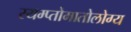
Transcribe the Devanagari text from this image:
स्यम्प्तोमातोलोग्य